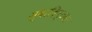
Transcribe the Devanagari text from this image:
स्वादिष्ठया